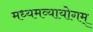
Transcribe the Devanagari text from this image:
मध्यमव्यायोगम्